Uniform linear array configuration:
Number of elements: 12
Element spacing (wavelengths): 0.75
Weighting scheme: hamming
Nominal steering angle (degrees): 30
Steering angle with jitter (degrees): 31.841
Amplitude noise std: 0.05
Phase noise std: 0.05

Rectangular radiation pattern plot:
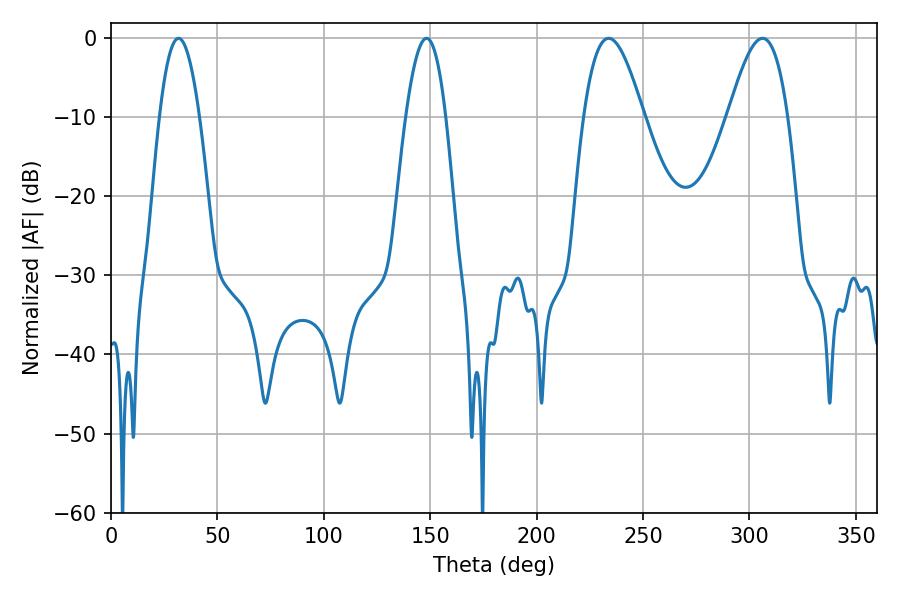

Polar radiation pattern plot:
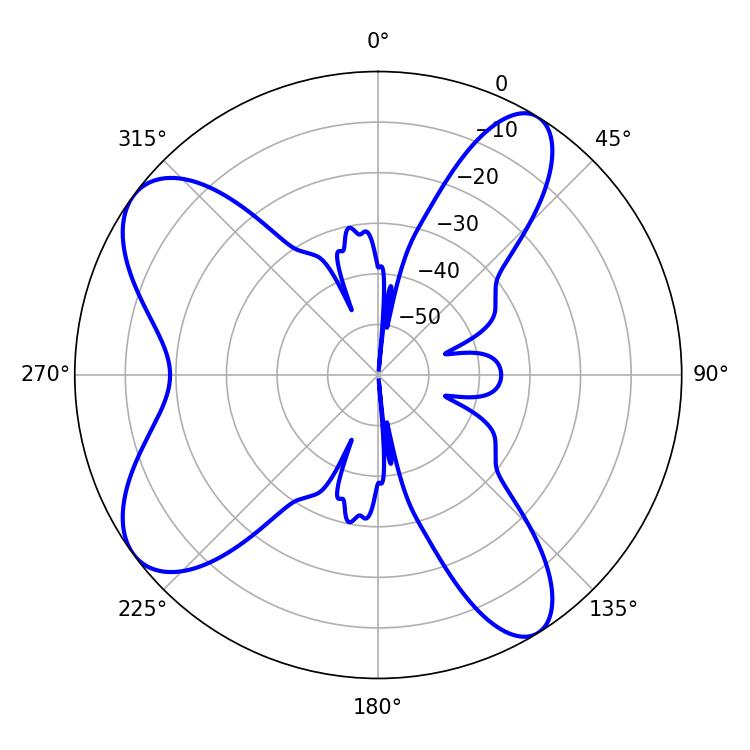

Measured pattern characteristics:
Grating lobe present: TRUE
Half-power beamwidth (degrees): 15.12
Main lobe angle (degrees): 233.82